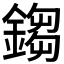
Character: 𨪕